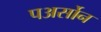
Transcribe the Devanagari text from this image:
पअर्सोन